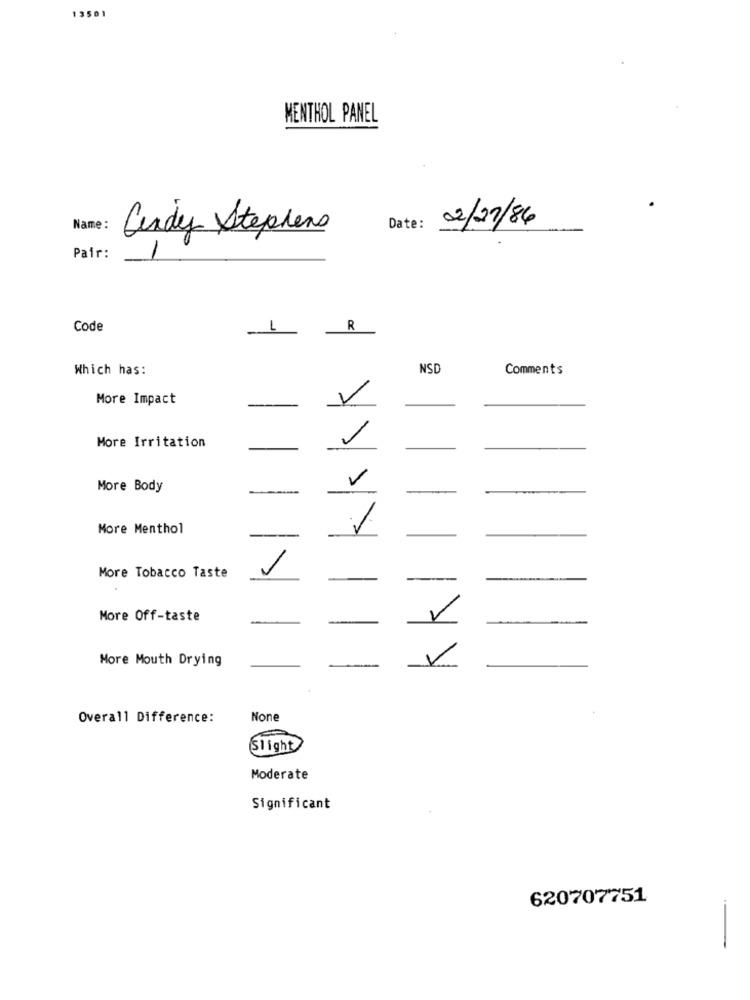
13501
MENTHOL PANEL
2/27/86
Name :
Date:
Cindy Stephens
Pair:
Code
1
R
Which has:
NSD
Comments
More Impact
V
1
More Irritation
V
More Body
k
More Menthol
/
More Tobacco Taste
More Off-taste
-
1
More Mouth Drying
Overall Difference:
Slight
Moderate
Significant
620707751
-